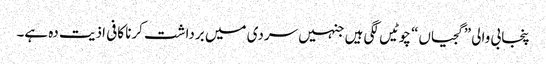
پنجابی والی ”گجیاں“ چوٹیں لگی ہیں جنہیں سردی میں برداشت کرنا کافی اذیت دہ ہے۔